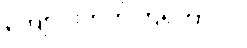
ကျောင်းတက်ကြရတာပါ။